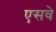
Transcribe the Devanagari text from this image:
एसवे